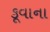
કૂવાના